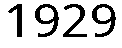
1929